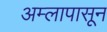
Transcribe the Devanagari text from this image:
अम्लापासून